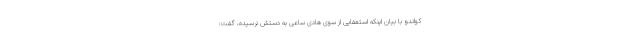
کواندو با بیان اینکه استعفایی از سوی هادی ساعی به دستش نرسیده، گفت: